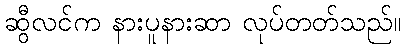
ဆွီလင်က နားပူနားဆာ လုပ်တတ်သည်။